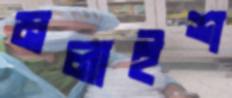
মলাইশ